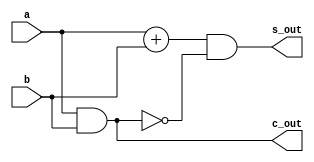
`timescale 1ns / 1ps

module halfadder(
    input a,
    input b,
    output s_out,
    output c_out
    );

assign s_out = ((a + b) & ~(a & b));
assign c_out = (a & b);

endmodule